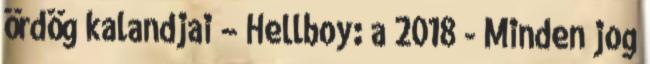
ördög kalandjai – Hellboy: a 2018 - Minden jog